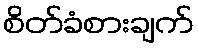
စိတ်ခံစားချက်